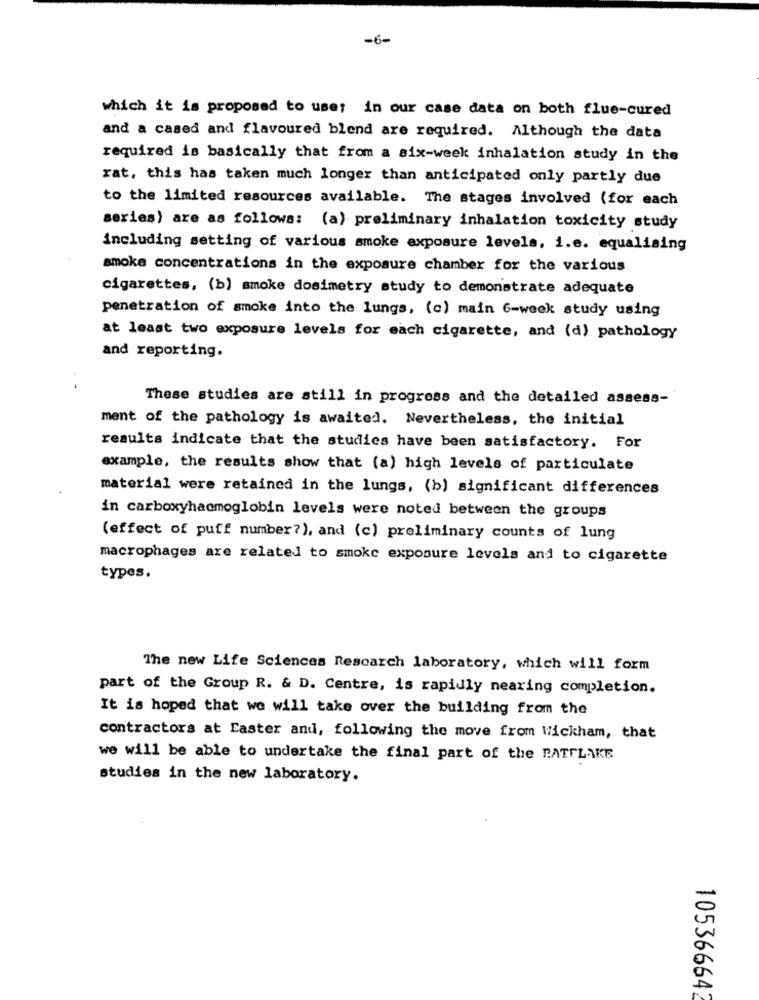
-6-
which it is proposed to uses in our case data on both flue-cured
and a cased and flavoured blend are required. Although the data
required is basically that from a six-week inhalation study in the
rat, this has taken much longer than anticipated only partly due
to the limited resources available. The stages involved (for each
series) are as follows: (a) preliminary inhalation toxicity study
including setting of various smoke exposure levels, i.e. equalising
smoke concentrations in the exposure chamber for the various
cigarettes, (b) smoke dosimetry study to demonstrate adequate
penetration of smoke into the lungs, (c) main 6-week study using
at least two exposure levels for each cigarette, and (d) pathology
and reporting.
These studies are still in progress and the detailed assess-
ment of the pathology is awaited. Nevertheless, the initial
results indicate that the studies have been satisfactory. For
example, the results show that (a) high levels of particulate
material were retained in the lungs, (b) significant differences
in carboxyhaemoglobin levels were noted between the groups
(effect of puff number?), and (c) preliminary counts of lung
macrophages are related to smoke exposure levels and to cigarette
types.
The new Life Sciences Research laboratory, which will form
part of the Group R. & D. Centre, is rapidly nearing completion.
It is hoped that we will take over the building from the
contractors at Easter and, following the move from Wickham, that
we will be able to undertake the final part of the BATFLAKE
studies in the new laboratory.
105366642